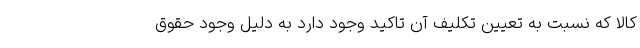
کالا که نسبت به تعیین تکلیف آن تاکید وجود دارد به دلیل وجود حقوق